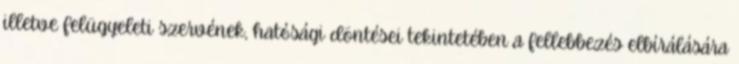
illetve felügyeleti szervének, hatósági döntései tekintetében a fellebbezés elbírálására